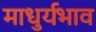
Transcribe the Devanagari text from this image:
माधुर्यभाव